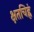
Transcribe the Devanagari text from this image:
क्षतचिह्नं